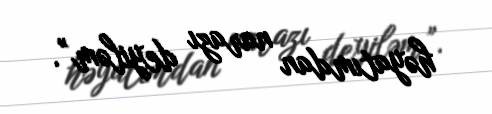
həyatımdan narazı deyiləm”.